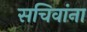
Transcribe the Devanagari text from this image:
सचिवांना